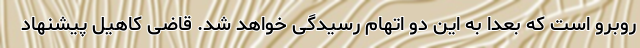
روبرو است که بعدا به این دو اتهام رسیدگی خواهد شد. قاضی کاهیل پیشنهاد